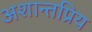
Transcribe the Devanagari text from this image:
अशान्तप्रिय